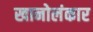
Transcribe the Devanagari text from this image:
खानोलंकार